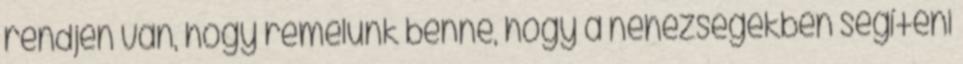
rendjén van, hogy remélünk benne, hogy a nehézségekben segíteni